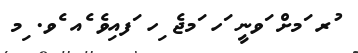
ުރ ަމށް ަވނީ ަހ ަމޖެ ިހ ަފއިވެ ެއ ެވ. ިމ